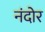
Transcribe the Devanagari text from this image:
नंदोर